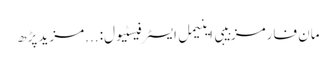
مان فارمز بیبی اینیمل ایسٹر فیسٹیول:	...مزید پڑھ